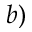
b )